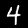
Digit: 4